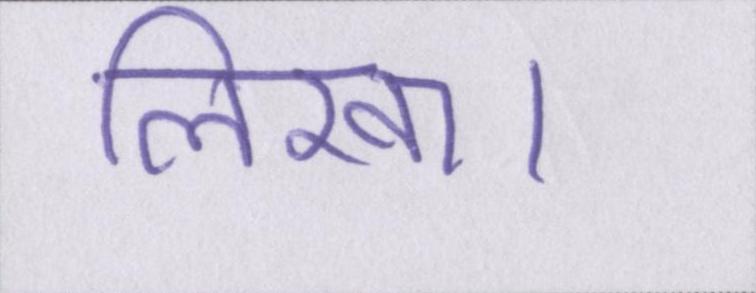
लिखा।